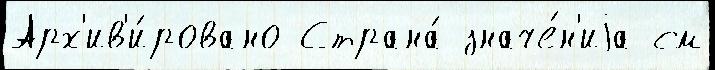
Арх'ив'и́ровано Страна́ значе́н'иjа см